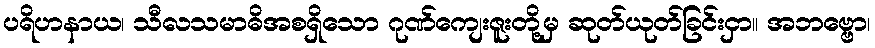
ပရိဟနာယ၊ သီလသမာဓိအစရှိသော ဂုဏ်ကျေးဇူးတို့မှ ဆုတ်ယုတ်ခြင်းငှာ။ အဘဗ္ဗော၊